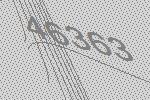
46363